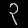
Digit: ၃